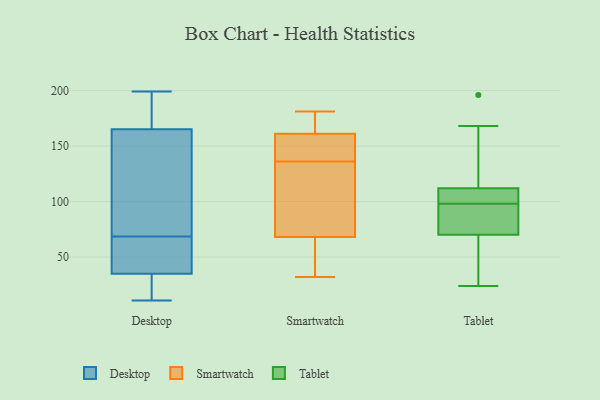
{"axis": {"x": "Gross Profit (USD K)", "y": "Value"}, "legend": ["Desktop", "Smartwatch", "Tablet"], "data": [{"x": "", "y": 100, "type": "Desktop"}, {"x": "", "y": 53, "type": "Desktop"}, {"x": "", "y": 163, "type": "Desktop"}, {"x": "", "y": 23, "type": "Desktop"}, {"x": "", "y": 50, "type": "Desktop"}, {"x": "", "y": 199, "type": "Desktop"}, {"x": "", "y": 180, "type": "Desktop"}, {"x": "", "y": 62, "type": "Desktop"}, {"x": "", "y": 75, "type": "Desktop"}, {"x": "", "y": 193, "type": "Desktop"}, {"x": "", "y": 18, "type": "Desktop"}, {"x": "", "y": 93, "type": "Desktop"}, {"x": "", "y": 19, "type": "Desktop"}, {"x": "", "y": 47, "type": "Desktop"}, {"x": "", "y": 11, "type": "Desktop"}, {"x": "", "y": 13, "type": "Desktop"}, {"x": "", "y": 101, "type": "Desktop"}, {"x": "", "y": 179, "type": "Desktop"}, {"x": "", "y": 55, "type": "Desktop"}, {"x": "", "y": 167, "type": "Desktop"}, {"x": "", "y": 162, "type": "Smartwatch"}, {"x": "", "y": 68, "type": "Smartwatch"}, {"x": "", "y": 181, "type": "Smartwatch"}, {"x": "", "y": 68, "type": "Smartwatch"}, {"x": "", "y": 44, "type": "Smartwatch"}, {"x": "", "y": 36, "type": "Smartwatch"}, {"x": "", "y": 140, "type": "Smartwatch"}, {"x": "", "y": 89, "type": "Smartwatch"}, {"x": "", "y": 81, "type": "Smartwatch"}, {"x": "", "y": 32, "type": "Smartwatch"}, {"x": "", "y": 99, "type": "Smartwatch"}, {"x": "", "y": 132, "type": "Smartwatch"}, {"x": "", "y": 166, "type": "Smartwatch"}, {"x": "", "y": 169, "type": "Smartwatch"}, {"x": "", "y": 153, "type": "Smartwatch"}, {"x": "", "y": 161, "type": "Smartwatch"}, {"x": "", "y": 150, "type": "Smartwatch"}, {"x": "", "y": 148, "type": "Smartwatch"}, {"x": "", "y": 99, "type": "Tablet"}, {"x": "", "y": 112, "type": "Tablet"}, {"x": "", "y": 98, "type": "Tablet"}, {"x": "", "y": 81, "type": "Tablet"}, {"x": "", "y": 70, "type": "Tablet"}, {"x": "", "y": 196, "type": "Tablet"}, {"x": "", "y": 24, "type": "Tablet"}, {"x": "", "y": 37, "type": "Tablet"}, {"x": "", "y": 98, "type": "Tablet"}, {"x": "", "y": 168, "type": "Tablet"}]}